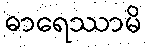
ဓာရေဿာမိ